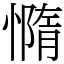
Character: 憜